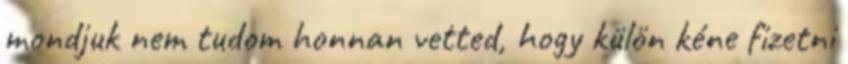
mondjuk nem tudom honnan vetted, hogy külön kéne fizetni